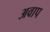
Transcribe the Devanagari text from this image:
अवाप